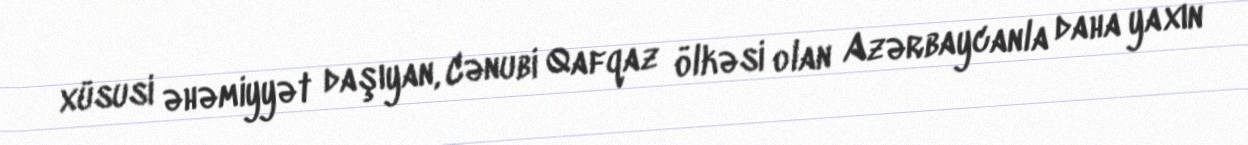
xüsusi əhəmiyyət daşıyan, Cənubi Qafqaz ölkəsi olan Azərbaycanla daha yaxın